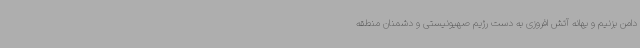
دامن بزنیم و بهانه آتش افروزی به دست رژیم صهیونیستی و دشمنان منطقه